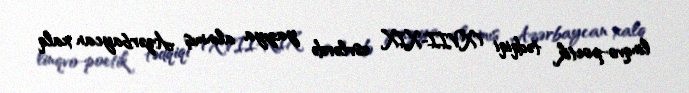
linqvo-poetik tədqiqi (XVII-XIX əsrlərdə yazıya alınmış Azərbaycan xalq